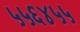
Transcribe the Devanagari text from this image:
५५६४५५